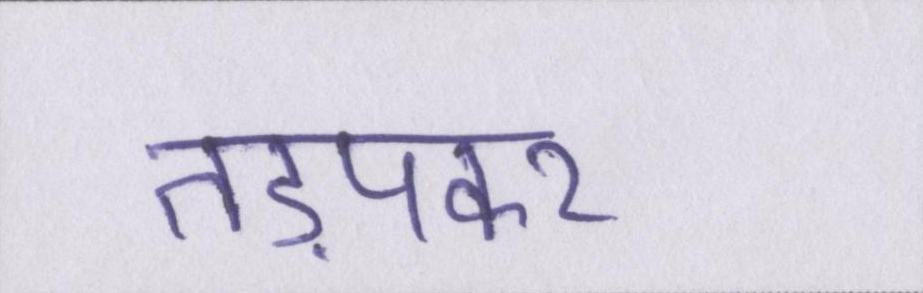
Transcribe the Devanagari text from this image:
तड़पकर